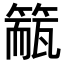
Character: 𥲁